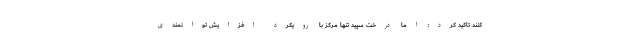
کنند تاکید کرد: اما درخت سپید تنها مرکز با رویکرد افزایش توانمندی